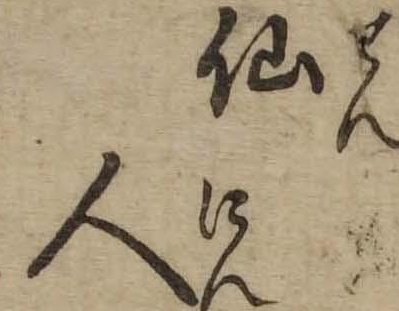
仙人